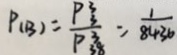
P ( B ) = \frac { P _ { 3 } ^ { 3 } } { P _ { 3 8 } ^ { 3 } } = \frac { 1 } { 8 4 3 6 }